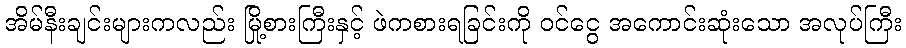
အိမ်နီးချင်းများကလည်း မြို့စားကြီးနှင့် ဖဲကစားရခြင်းကို ဝင်ငွေ အကောင်းဆုံးသော အလုပ်ကြီး